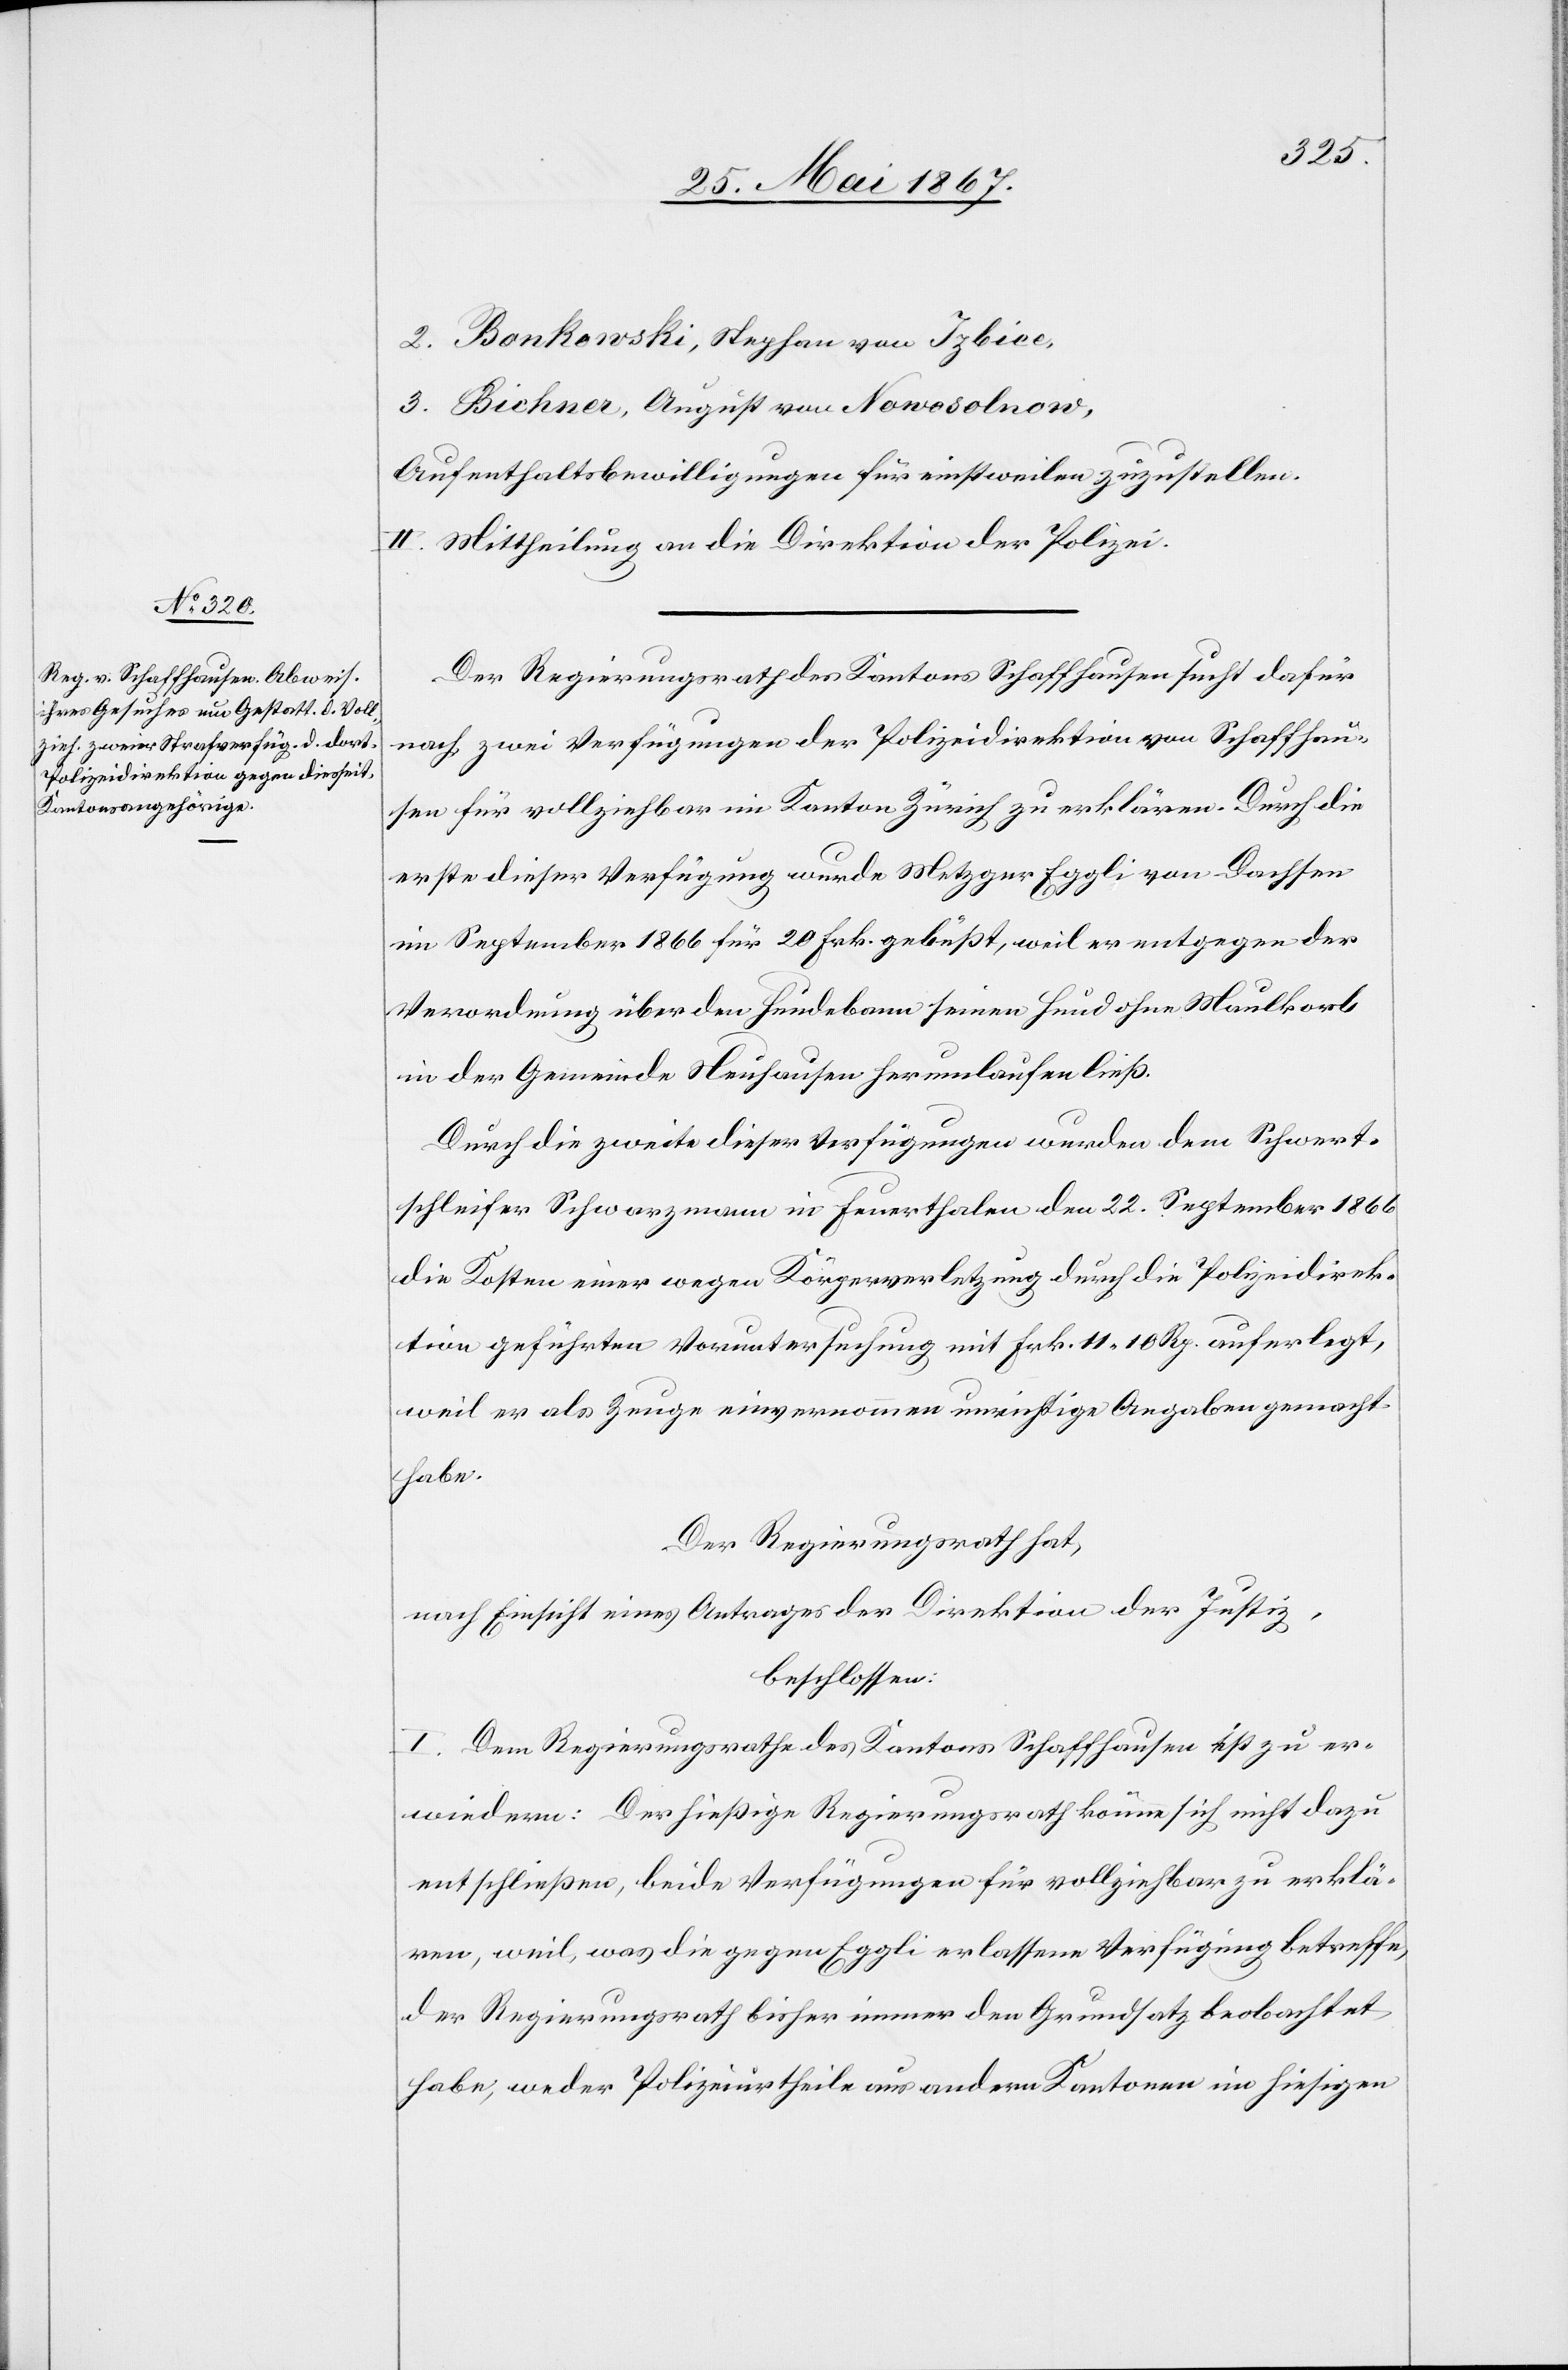
2. Bonkowski, Stephan von Izbice,
3. Bichner, August von Nowosolnow,
Aufenthaltsbewilligungen für einstweilen zuzustellen.
II. Mittheilung an die Direktion der Polizei.
Der Regierungsrath des Kantons Schaffhausen sucht dafür
nach, zwei Verfügungen der Polizeidirektion von Schaffhau¬
sen für vollziehbar im Kanton Zürich zu erklären. Durch die
erste dieser Verfügungen wurde Metzger Eggli von Dachsen
im September 1866 für 20 Frk. gebüßt, weil er entgegen der
Verordnung über den Hundebann seinen Hund ohne Maulkorb
in der Gemeinde Neuhausen herumlaufen ließ.
Durch die zweite dieser Verfügungen wurden dem Schwert¬
schleifer Schwarzmann in Feuerthalen den 22. September 1866
die Kosten einer wegen Körperverletzung durch die Polizeidirek¬
tion geführten Voruntersuchung mit Frk. 11. 10 Rp. auferlegt,
weil er als Zeuge einvernommen unrichtige Angaben gemacht
habe.
Der Regierungsrath hat,
nach Einsicht eines Antrages der Direktion der Justiz,
beschlossen:
I. Dem Regierungsrathe des Kantons Schaffhausen ist zu er¬
wiedern: Der hießige Regierungsrath könne sich nicht dazu
entschließen, beide Verfügungen für vollziehbar zu erklä¬
ren, weil, was die gegen Eggli erlassene Verfügung betreffe,
der Regierungsrath bisher immer den Grundsatz beobachtet
habe, weder Polizeiurtheile aus anderen Kantonen im hiesigen